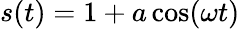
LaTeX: s(t)=1+a\cos(\omega t)